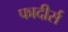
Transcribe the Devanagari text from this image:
फादीर्स